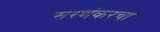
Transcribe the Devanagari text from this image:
सरणंकरचा